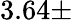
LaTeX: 3.64\pm